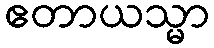
ဧတာယသ္မာ